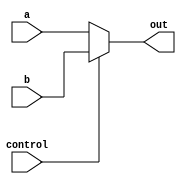
`timescale 1ns / 1ps

module mux(a, b, control, out);

	parameter N = 4;
	input  wire [N-1:0] a, b;
	input  wire control;
	output wire [N-1:0] out;

	assign out = control ? b : a;

endmodule